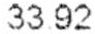
33.92